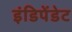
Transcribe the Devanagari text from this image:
इंडिपेंडेट